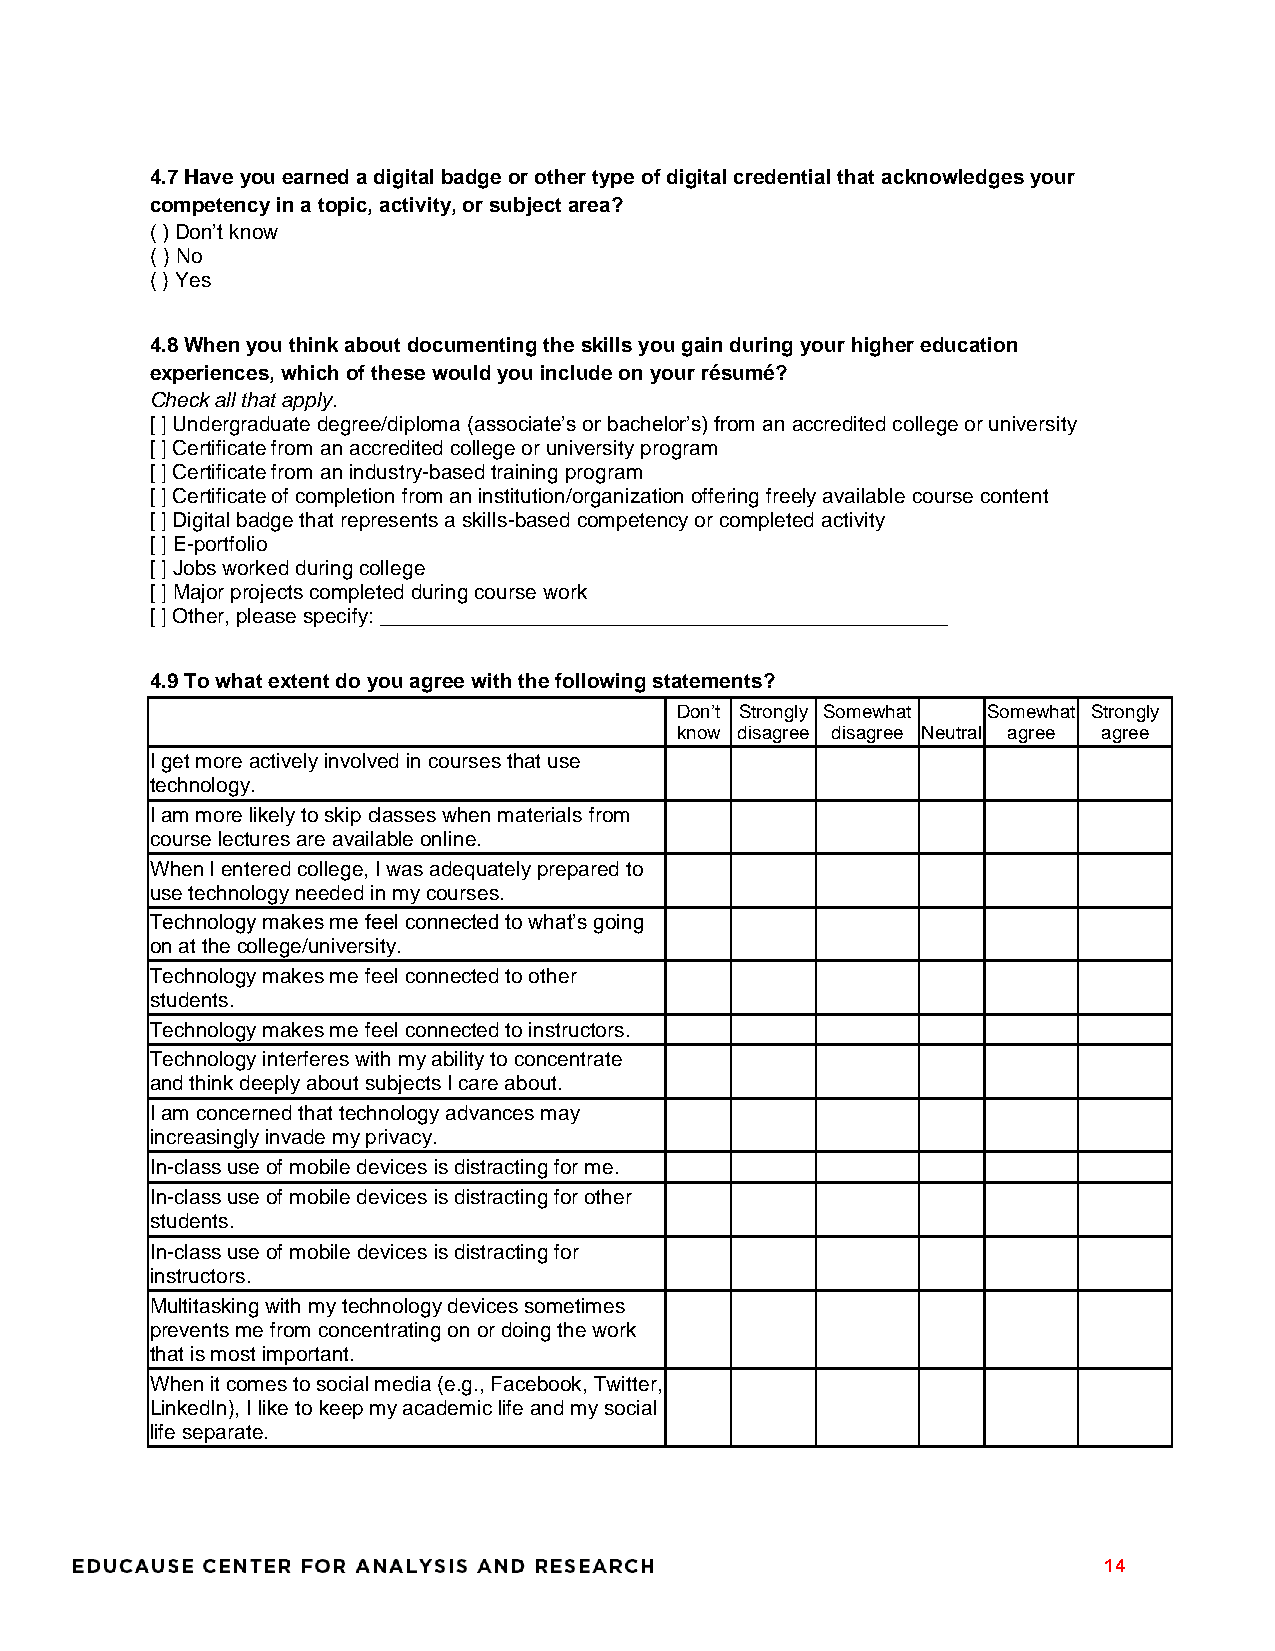
4.7 Have you earned a digital badge or other type of digital credential that acknowledges your
 competency in a topic, activity, or subject area?
 ( ) Don’t know
 ( ) No
 ( ) Yes
 4.8 When you think about documenting the skills you gain during your higher education
 experiences, which of these would you include on your résumé?
 Check all that apply.
 [ ] Undergraduate degree/diploma (associate’s or bachelor’s) from an accredited college or university
 [ ] Certificate from an accredited college or university program
 [ ] Certificate from an industry-based training program
 [ ] Certificate of completion from an institution/organization offering freely available course content
 [ ] Digital badge that represents a skills-based competency or completed activity
 [ ] E-portfolio
 [ ] Jobs worked during college
 [ ] Major projects completed during course work
 [ ] Other, please specify: _________________________________________________
 4.9 To what extent do you agree with the following statements?
 Don’t Strongly Somewhat Somewhat Strongly
 know disagree disagree Neutral agree agree
 I get more actively involved in courses that use
 technology.
 I am more likely to skip classes when materials from
 course lectures are available online.
 When I entered college, I was adequately prepared to
 use technology needed in my courses.
 Technology makes me feel connected to what’s going
 on at the college/university.
 Technology makes me feel connected to other
 students.
 Technology makes me feel connected to instructors.
 Technology interferes with my ability to concentrate
 and think deeply about subjects I care about.
 I am concerned that technology advances may
 increasingly invade my privacy.
 In-class use of mobile devices is distracting for me.
 In-class use of mobile devices is distracting for other
 students.
 In-class use of mobile devices is distracting for
 instructors.
 Multitasking with my technology devices sometimes
 prevents me from concentrating on or doing the work
 that is most important.
 When it comes to social media (e.g., Facebook, Twitter,
 LinkedIn), I like to keep my academic life and my social
 life separate.
 14